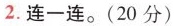
2.连一连。（20分）